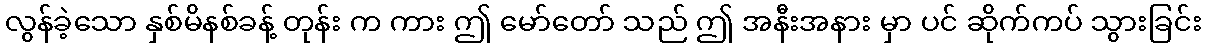
လွန်ခဲ့သော နှစ်မိနစ်ခန့် တုန်း က ကား ဤ မော်တော် သည် ဤ အနီးအနား မှာ ပင် ဆိုက်ကပ် သွားခြင်း